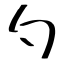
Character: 勺